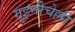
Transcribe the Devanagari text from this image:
गुइनीचेल्ली